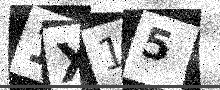
Text: 1X15